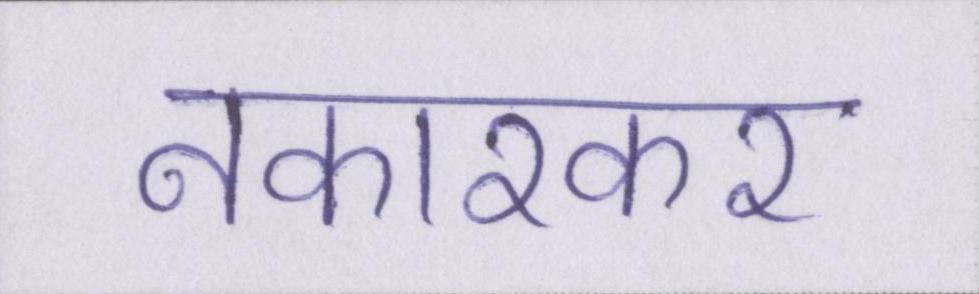
नकारकर